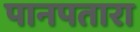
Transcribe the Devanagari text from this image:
पानपतारा